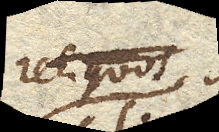
reliquos